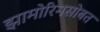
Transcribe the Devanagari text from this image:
झामोरिनसोबत